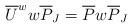
LaTeX: \begin{align*}\overline{U}^{w}w\overline{P}_J=\overline{P}w\overline{P}_J\end{align*}